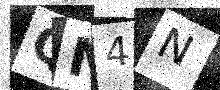
Text: QN4N